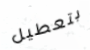
بتعطيل